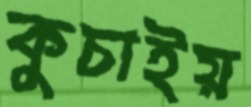
কুচাইয়